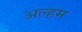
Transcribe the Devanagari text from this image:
अल्हम